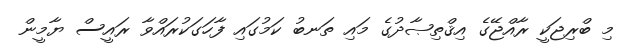
މި ބްރިޖަކީ ރާއްޖޭގެ އިޤްތިޞާދުގެ މައި ތަނބު ކަމުގައި ފާހަގަކުރައްވާ ރައީސް ޔާމީން